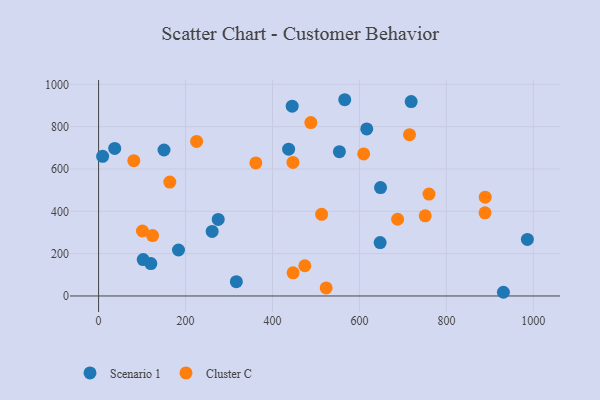
{"axis": {"x": "Price", "y": "Demand"}, "legend": ["Cluster C", "Scenario 1"], "data": [{"x": "647.6", "y": 252.1, "type": "Scenario 1"}, {"x": "931.2", "y": 17.5, "type": "Scenario 1"}, {"x": "445.3", "y": 896.9, "type": "Scenario 1"}, {"x": "553.9", "y": 681.6, "type": "Scenario 1"}, {"x": "566.2", "y": 927.2, "type": "Scenario 1"}, {"x": "437.1", "y": 693.5, "type": "Scenario 1"}, {"x": "275.2", "y": 361.9, "type": "Scenario 1"}, {"x": "261.2", "y": 305.0, "type": "Scenario 1"}, {"x": "183.8", "y": 217.3, "type": "Scenario 1"}, {"x": "120.2", "y": 153.3, "type": "Scenario 1"}, {"x": "616.8", "y": 789.3, "type": "Scenario 1"}, {"x": "150.5", "y": 689.6, "type": "Scenario 1"}, {"x": "37.1", "y": 697.3, "type": "Scenario 1"}, {"x": "648.5", "y": 512.0, "type": "Scenario 1"}, {"x": "9.3", "y": 659.8, "type": "Scenario 1"}, {"x": "986.3", "y": 267.0, "type": "Scenario 1"}, {"x": "719.0", "y": 918.3, "type": "Scenario 1"}, {"x": "316.9", "y": 67.8, "type": "Scenario 1"}, {"x": "102.6", "y": 171.8, "type": "Scenario 1"}, {"x": "889.3", "y": 466.7, "type": "Cluster C"}, {"x": "474.4", "y": 142.7, "type": "Cluster C"}, {"x": "124.2", "y": 285.2, "type": "Cluster C"}, {"x": "81.0", "y": 639.2, "type": "Cluster C"}, {"x": "609.8", "y": 671.3, "type": "Cluster C"}, {"x": "100.9", "y": 306.9, "type": "Cluster C"}, {"x": "888.9", "y": 392.7, "type": "Cluster C"}, {"x": "715.2", "y": 762.3, "type": "Cluster C"}, {"x": "225.5", "y": 730.3, "type": "Cluster C"}, {"x": "163.8", "y": 538.0, "type": "Cluster C"}, {"x": "513.0", "y": 386.0, "type": "Cluster C"}, {"x": "751.3", "y": 378.8, "type": "Cluster C"}, {"x": "447.1", "y": 631.1, "type": "Cluster C"}, {"x": "523.5", "y": 38.2, "type": "Cluster C"}, {"x": "488.2", "y": 819.3, "type": "Cluster C"}, {"x": "447.4", "y": 109.5, "type": "Cluster C"}, {"x": "760.0", "y": 481.4, "type": "Cluster C"}, {"x": "361.7", "y": 628.8, "type": "Cluster C"}, {"x": "687.8", "y": 362.6, "type": "Cluster C"}]}